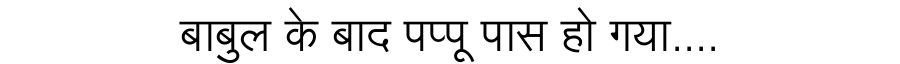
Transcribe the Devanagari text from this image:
बाबुल के बाद पप्पू पास हो गया....